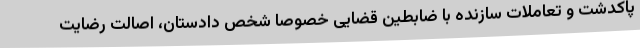
پاکدشت و تعاملات سازنده با ضابطین قضایی خصوصا شخص دادستان، اصالت رضایت